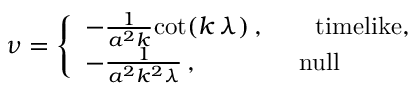
\nu = \left\{ \begin{array} { l } { { - \frac { 1 } { a ^ { 2 } k } { \cot } ( k \, \lambda ) \, , \qquad \mathrm { t i m e l i k e } , } } \\ { { - \frac { 1 } { a ^ { 2 } k ^ { 2 } \lambda } \, , \qquad \qquad \mathrm { n u l l } } } \end{array} \right.